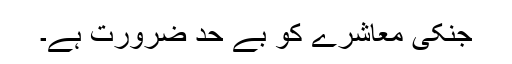
جنکی معاشرے کو بے حد ضرورت ہے۔